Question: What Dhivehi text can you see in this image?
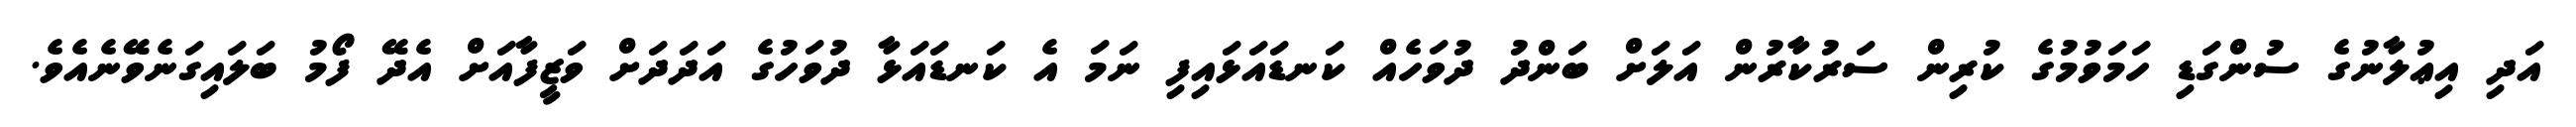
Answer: އަދި އިޢުލާނުގެ ސުންގަޑި ހަމަވުމުގެ ކުރިން ސަރުކާރުން އަލަށް ބަންދު ދުވަހެއް ކަނޑައަޅައިފި ނަމަ އެ ކަނޑައަޅާ ދުވަހުގެ އަދަދަށް ވަޒީފާއަށް އެދޭ ފޯމު ބަލައިގަނެވޭނެއެވެ.